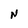
Character: N